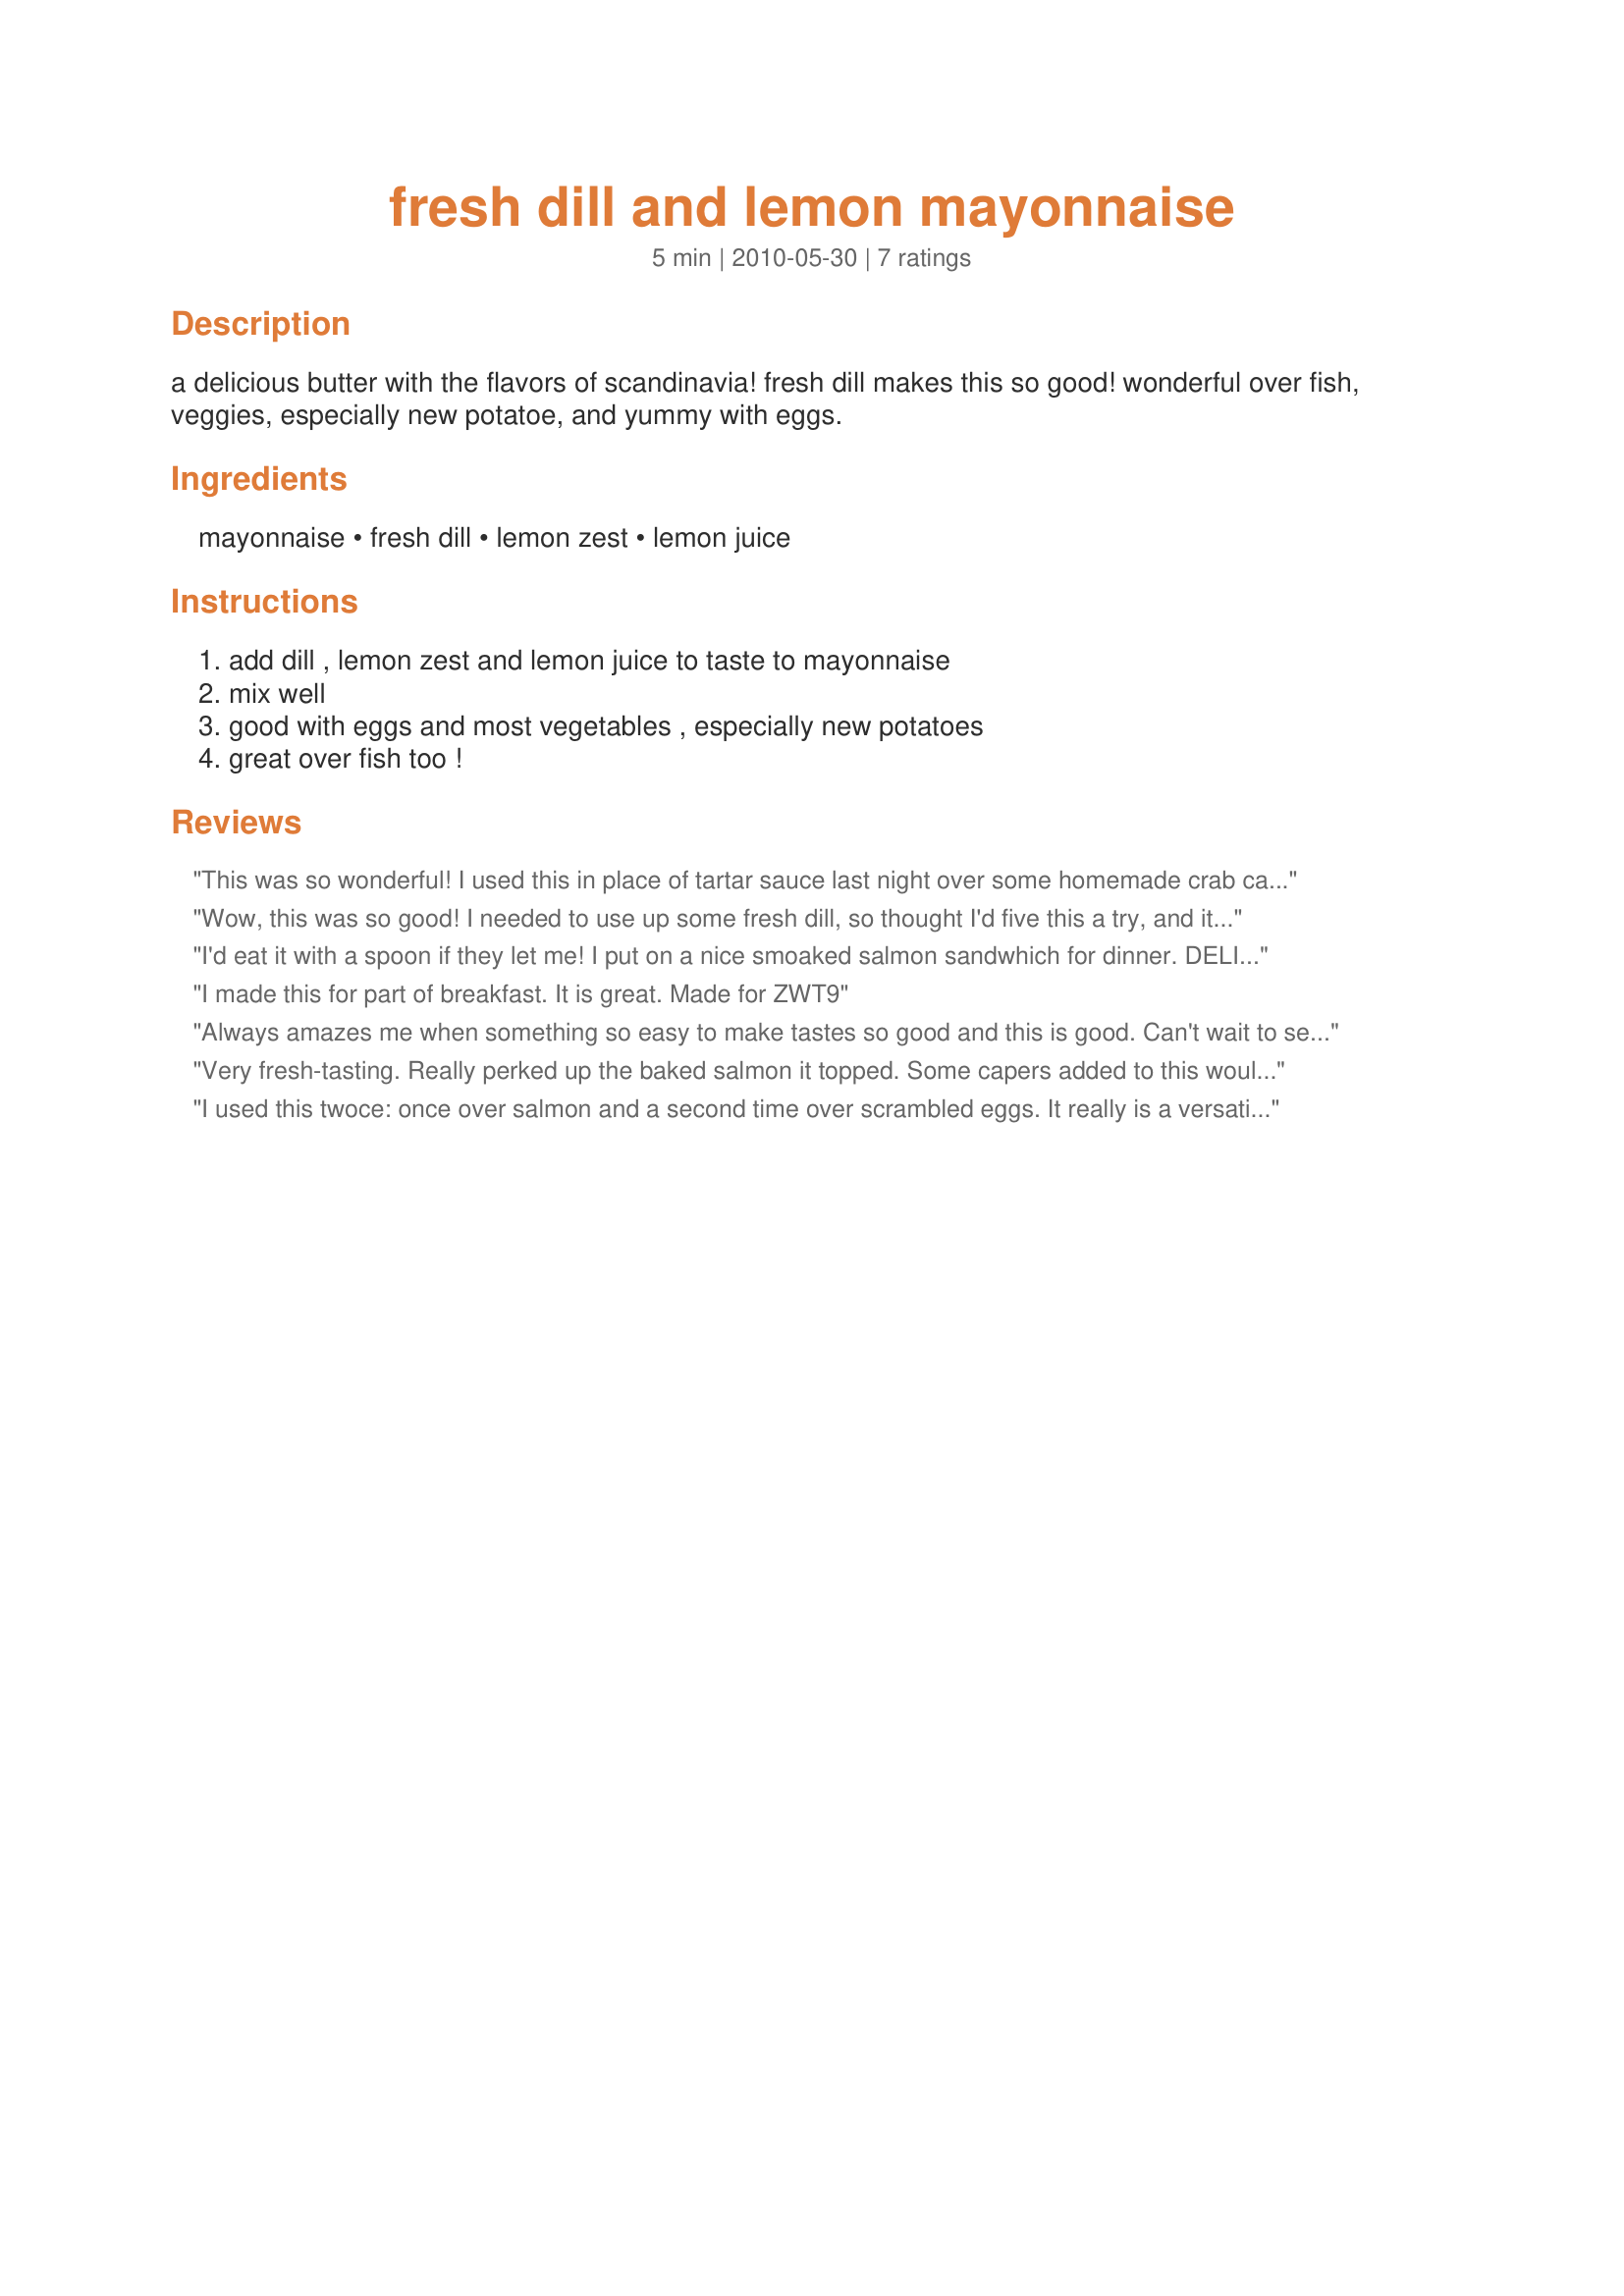
fresh dill and lemon mayonnaise
Preparation time: 5 minutes

a delicious butter with the flavors of scandinavia! fresh dill makes this so good! wonderful over fish, veggies, especially new potatoe, and yummy with eggs.

Ingredients:
mayonnaise, fresh dill, lemon zest, lemon juice

Steps:
add dill , lemon zest and lemon juice to taste to mayonnaise, mix well, good with eggs and most vegetables , especially new potatoes, great over fish too !

Reviews:
This was so wonderful! I used this in place of tartar sauce last night over some homemade crab cakes! Even DH said it's not too bad (he's a mayo hater) so you know that it's good! Thanks for posting!!! Made for the cookathon for Sharon123!
Wow, this was so good! I needed to use up some fresh dill, so thought I'd five this a try, and it was terrific. We had it on salmon sandwiches. Thanks for posting. Made for ZWT 6 :)
I'd eat it with a spoon if they let me! I put on a nice smoaked salmon sandwhich for dinner. DELICIOUS! Thanks Sharon :) Made for ZWT 6 by fellow Looney Spoon Phoodie.
I made this for part of breakfast. It is great. Made for ZWT9
Always amazes me when something so easy to make tastes so good and this is good. Can't wait to serve this to our salmon loving family and friends - I just know they will be impressed. Made as posted - no changes needed with this one. Made this for the Cookathon in memory of Sharon 123's husband.
Very fresh-tasting. Really perked up the baked salmon it topped. Some capers added to this would be no bad thing.
I used this twoce: once over salmon and a second time over scrambled eggs. It really is a versatile recipe, and went well with both items.
